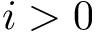
i > 0